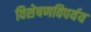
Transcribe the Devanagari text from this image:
विशेषणविपर्यय